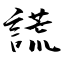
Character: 謊